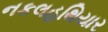
નકલહથિયાર